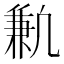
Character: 𫥣